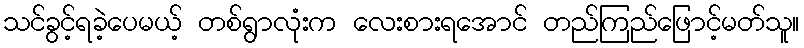
သင်ခွင့်ရခဲ့ပေမယ့် တစ်ရွာလုံးက လေးစားရအောင် တည်ကြည်ဖြောင့်မတ်သူ။